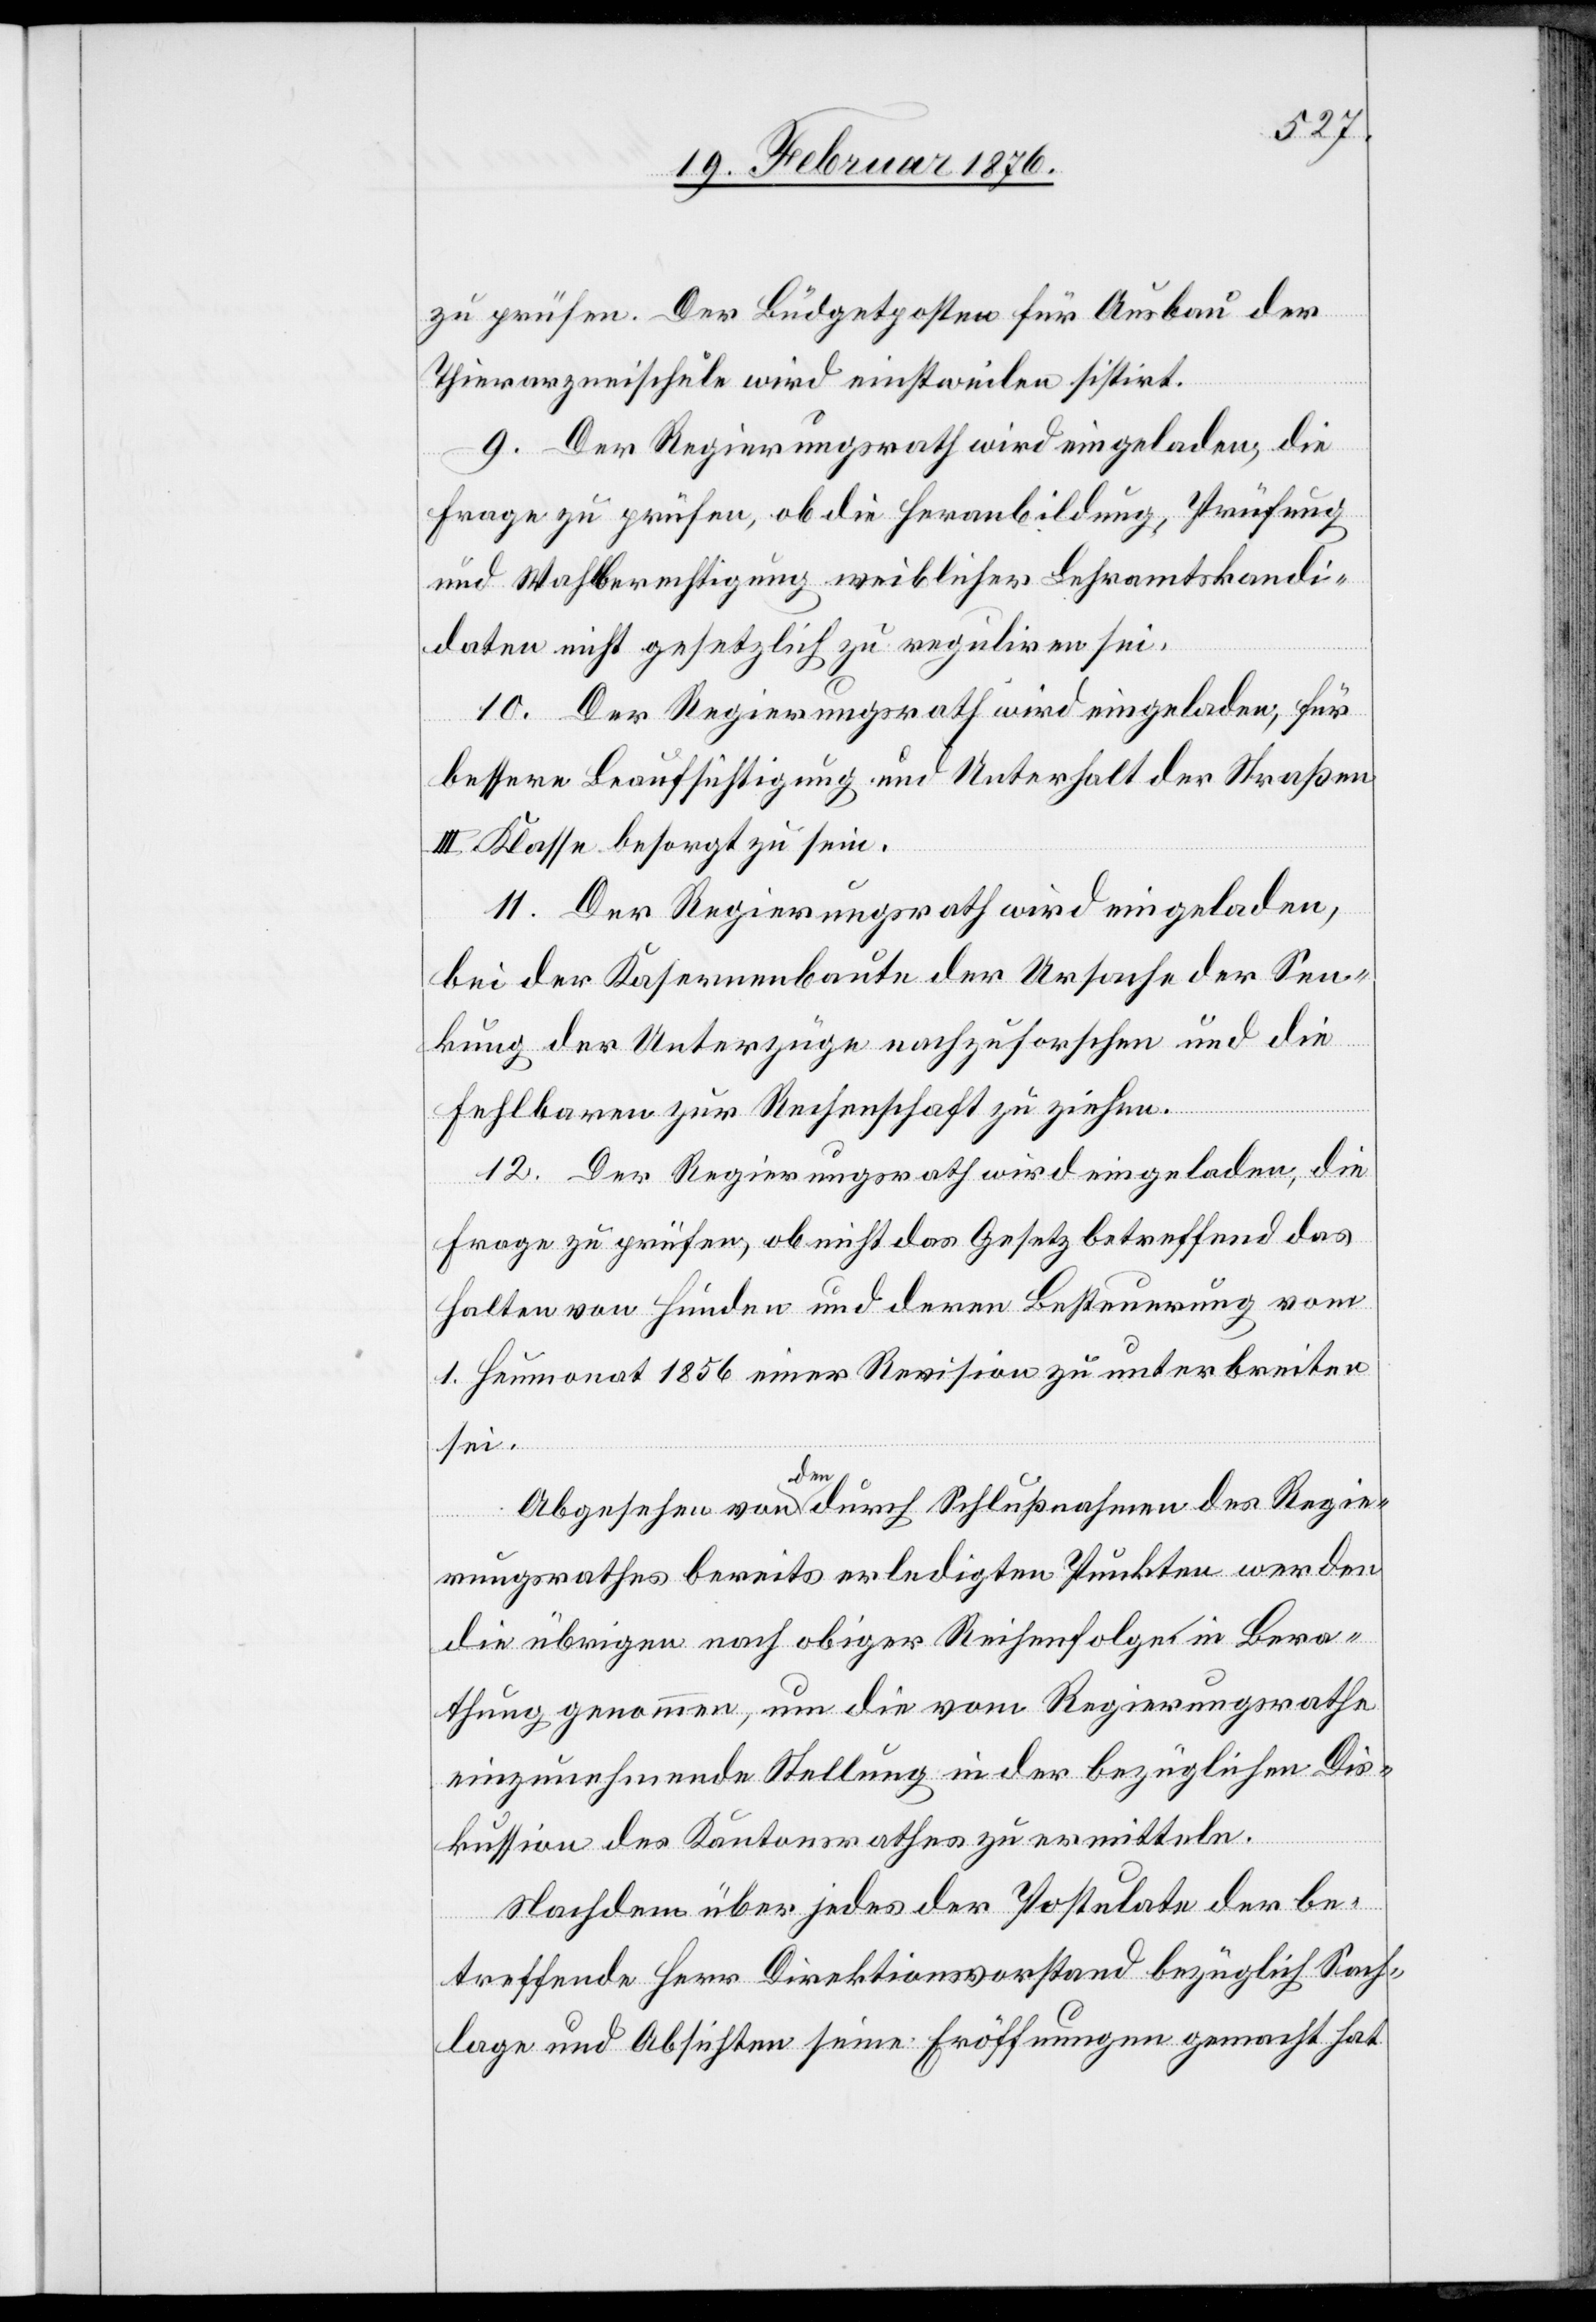
zu prüfen. Der Büdgetposten für Ausbau der
Thierarzneischule wird einstweilen sistirt.
9. Der Regierungsrath wird eingeladen, die
Frage zu prüfen, ob die Heranbildung, Prüfung
und Wahlberechtigung weiblicher Lehramtskandi¬
daten nicht gesetzlich zu reguliren sei.
10. Der Regierungsrath wird eingeladen, für
bessere Beaufsichtigung und Unterhalt der Straßen
III. Klasse besorgt zu sein.
11. Der Regierungsrath wird eingeladen,
bei der Kasernenbaute der Ursache der Sen¬
kung der Unterzüge nachzuforschen und die
Fehlbaren zur Rechenschaft zu ziehen.
12. Der Regierungsrath wird eingeladen, die
Frage zu prüfen, ob nicht das Gesetz betreffend das
Halten von Hunden und deren Bestimmung vom
1. Heumonat 1856 einer Revision zu unterbreiten
sei.
Abgesehen von den durch Schlußnahme des Regie¬
rungsrathes bereits erledigten Punkten werden
die übrigen nach obiger Reihenfolge in Bera¬
thung genommen, um die vom Regierungsrathe
einzunehmende Stellung in der bezüglichen Dis¬
kussion des Kantonsrathes zu ermitteln.
Nachdem über jedes der Postulate der be¬
treffende Herr Direktionsvorstand bezüglich Sach¬
lage und Absichten seine Eröffnungen gemacht hat